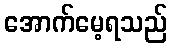
အောက်မေ့ရသည်